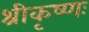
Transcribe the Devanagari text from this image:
श्रीकृष्णः